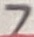
Text: 7